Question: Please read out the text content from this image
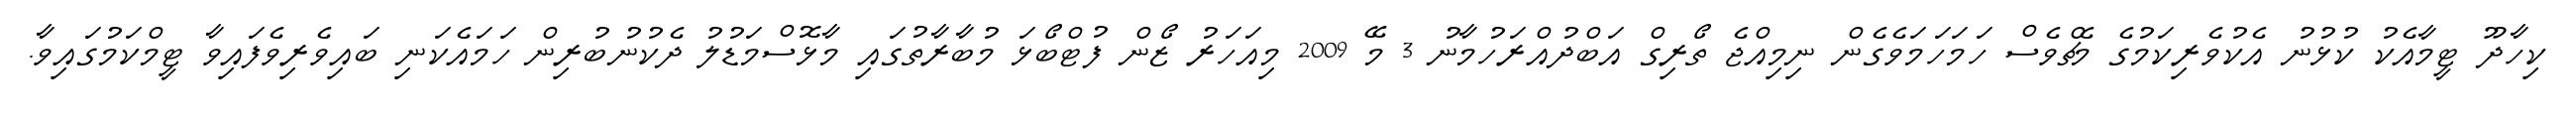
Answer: ކިހާދޫ ޓީމާއެކު ކުޅުނު އެކުވެރިކަމުގެ މެޗްވެސް ހަމަހަމަވެގެން ނިމިއްޖެ ތޯރިގް އަބްދުއްރަހުމާނު 3 މޭ 2009 މިއަހަރު ޒޯން ފުޓްބޯޅަ މުބާރާތުގައި މާޅޮސްމަޑުލު ދެކުނުބުރިން ހަމައެކަނި ބައިވެރިވެފައިވާ ޓީމްކަމުގައިވާ.